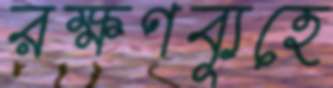
রক্ষণব্যূহে